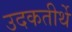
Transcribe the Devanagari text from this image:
उदकतीर्थे